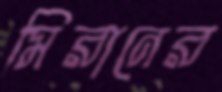
মিরানের